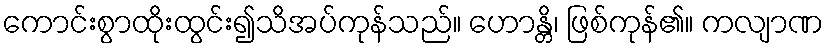
ကောင်းစွာထိုးထွင်း၍သိအပ်ကုန်သည်။ ဟောန္တိ၊ ဖြစ်ကုန်၏။ ကလျာဏ